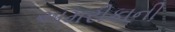
અમરીકાની